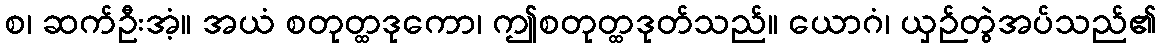
စ၊ ဆက်ဦးအံ့။ အယံ စတုတ္ထဒုကော၊ ဤစတုတ္ထဒုတ်သည်။ ယောဂံ၊ ယှဉ်တွဲအပ်သည်၏